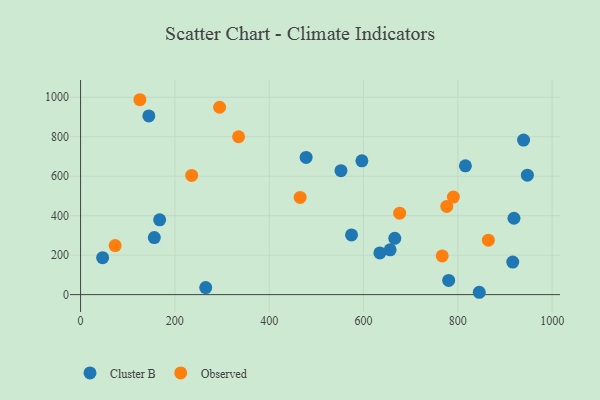
{"axis": {"x": "Engine Size", "y": "Profit"}, "legend": ["Cluster B", "Observed"], "data": [{"x": "478.3", "y": 695.1, "type": "Cluster B"}, {"x": "656.5", "y": 226.9, "type": "Cluster B"}, {"x": "46.8", "y": 187.0, "type": "Cluster B"}, {"x": "552.2", "y": 628.1, "type": "Cluster B"}, {"x": "167.7", "y": 379.1, "type": "Cluster B"}, {"x": "816.1", "y": 652.6, "type": "Cluster B"}, {"x": "947.5", "y": 605.3, "type": "Cluster B"}, {"x": "845.5", "y": 11.9, "type": "Cluster B"}, {"x": "596.6", "y": 677.7, "type": "Cluster B"}, {"x": "780.6", "y": 71.9, "type": "Cluster B"}, {"x": "919.1", "y": 386.9, "type": "Cluster B"}, {"x": "666.3", "y": 285.1, "type": "Cluster B"}, {"x": "144.8", "y": 905.5, "type": "Cluster B"}, {"x": "916.5", "y": 164.7, "type": "Cluster B"}, {"x": "574.6", "y": 302.7, "type": "Cluster B"}, {"x": "265.4", "y": 35.9, "type": "Cluster B"}, {"x": "156.4", "y": 289.0, "type": "Cluster B"}, {"x": "939.4", "y": 783.0, "type": "Cluster B"}, {"x": "634.7", "y": 211.2, "type": "Cluster B"}, {"x": "294.8", "y": 949.3, "type": "Observed"}, {"x": "776.6", "y": 446.8, "type": "Observed"}, {"x": "864.9", "y": 275.9, "type": "Observed"}, {"x": "235.6", "y": 603.8, "type": "Observed"}, {"x": "73.4", "y": 248.4, "type": "Observed"}, {"x": "676.7", "y": 412.7, "type": "Observed"}, {"x": "790.6", "y": 494.2, "type": "Observed"}, {"x": "465.6", "y": 492.5, "type": "Observed"}, {"x": "125.8", "y": 987.4, "type": "Observed"}, {"x": "335.1", "y": 799.7, "type": "Observed"}, {"x": "766.9", "y": 196.2, "type": "Observed"}]}